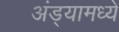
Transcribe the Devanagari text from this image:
अंड्यामध्ये